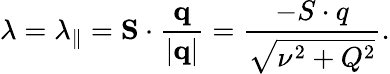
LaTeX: \lambda=\lambda_{\parallel}={\mathbf S}\cdot\frac{\mathbf q}{|{\mathbf q}|}=\frac{-S\cdot q}{\sqrt{\nu^{2}+Q^{2}}}.